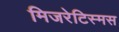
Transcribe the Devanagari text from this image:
मिजरेटिस्मस